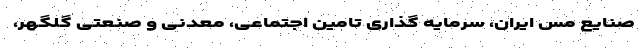
صنایع مس ایران، سرمایه گذاری تامین اجتماعی، معدنی و صنعتی گلگهر،